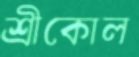
শ্রীকোল